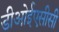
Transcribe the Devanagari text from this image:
डीओईएसीसी